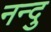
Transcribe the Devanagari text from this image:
नन्दु